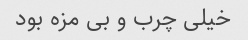
خیلی چرب و بی مزه بود